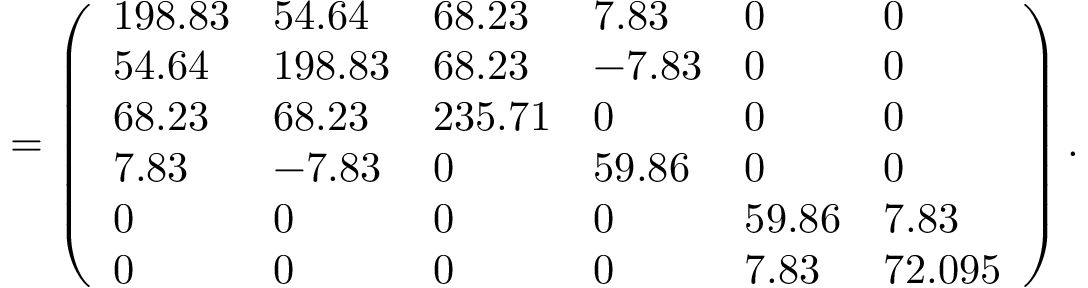
= \left( \begin{array} { l l l l l l } { 1 9 8 . 8 3 } & { 5 4 . 6 4 } & { 6 8 . 2 3 } & { 7 . 8 3 } & { 0 } & { 0 } \\ { 5 4 . 6 4 } & { 1 9 8 . 8 3 } & { 6 8 . 2 3 } & { - 7 . 8 3 } & { 0 } & { 0 } \\ { 6 8 . 2 3 } & { 6 8 . 2 3 } & { 2 3 5 . 7 1 } & { 0 } & { 0 } & { 0 } \\ { 7 . 8 3 } & { - 7 . 8 3 } & { 0 } & { 5 9 . 8 6 } & { 0 } & { 0 } \\ { 0 } & { 0 } & { 0 } & { 0 } & { 5 9 . 8 6 } & { 7 . 8 3 } \\ { 0 } & { 0 } & { 0 } & { 0 } & { 7 . 8 3 } & { 7 2 . 0 9 5 } \end{array} \right) .